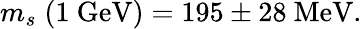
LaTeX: m_{s}\; \mathrm{(1~GeV)}=195\pm\mathrm{28~MeV}.